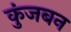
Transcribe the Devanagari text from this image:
कुंजबन